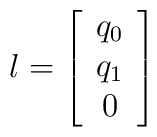
l=\left[\begin{array}{c}q_0\\ q_1\\ 0\end{array}\right]